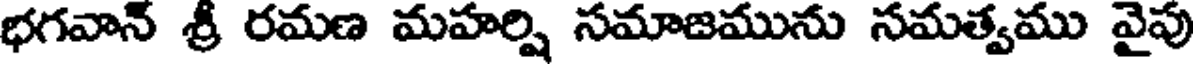
భగవాన్ శ్రీ రమణ మహర్షి సమాజమును సమత్వము వైపు